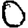
Digit: 0